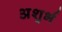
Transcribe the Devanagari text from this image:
अशुर्भ